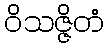
ဝိသဇ္ဇိတံ